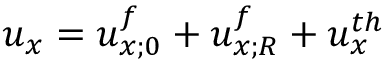
u _ { x } = u _ { x ; 0 } ^ { f } + u _ { x ; R } ^ { f } + u _ { x } ^ { t h }